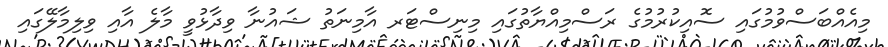
މިއެއްބަސްވުމުގައި ސޮއިކުރުމުގެ ރަސްމިއްޔާތުގައި މިނިސްޓަރ އާމިނަތު ޝައުނާ ވިދާޅުވީ މާލެ އާއި ވިލިމާލޭގައި